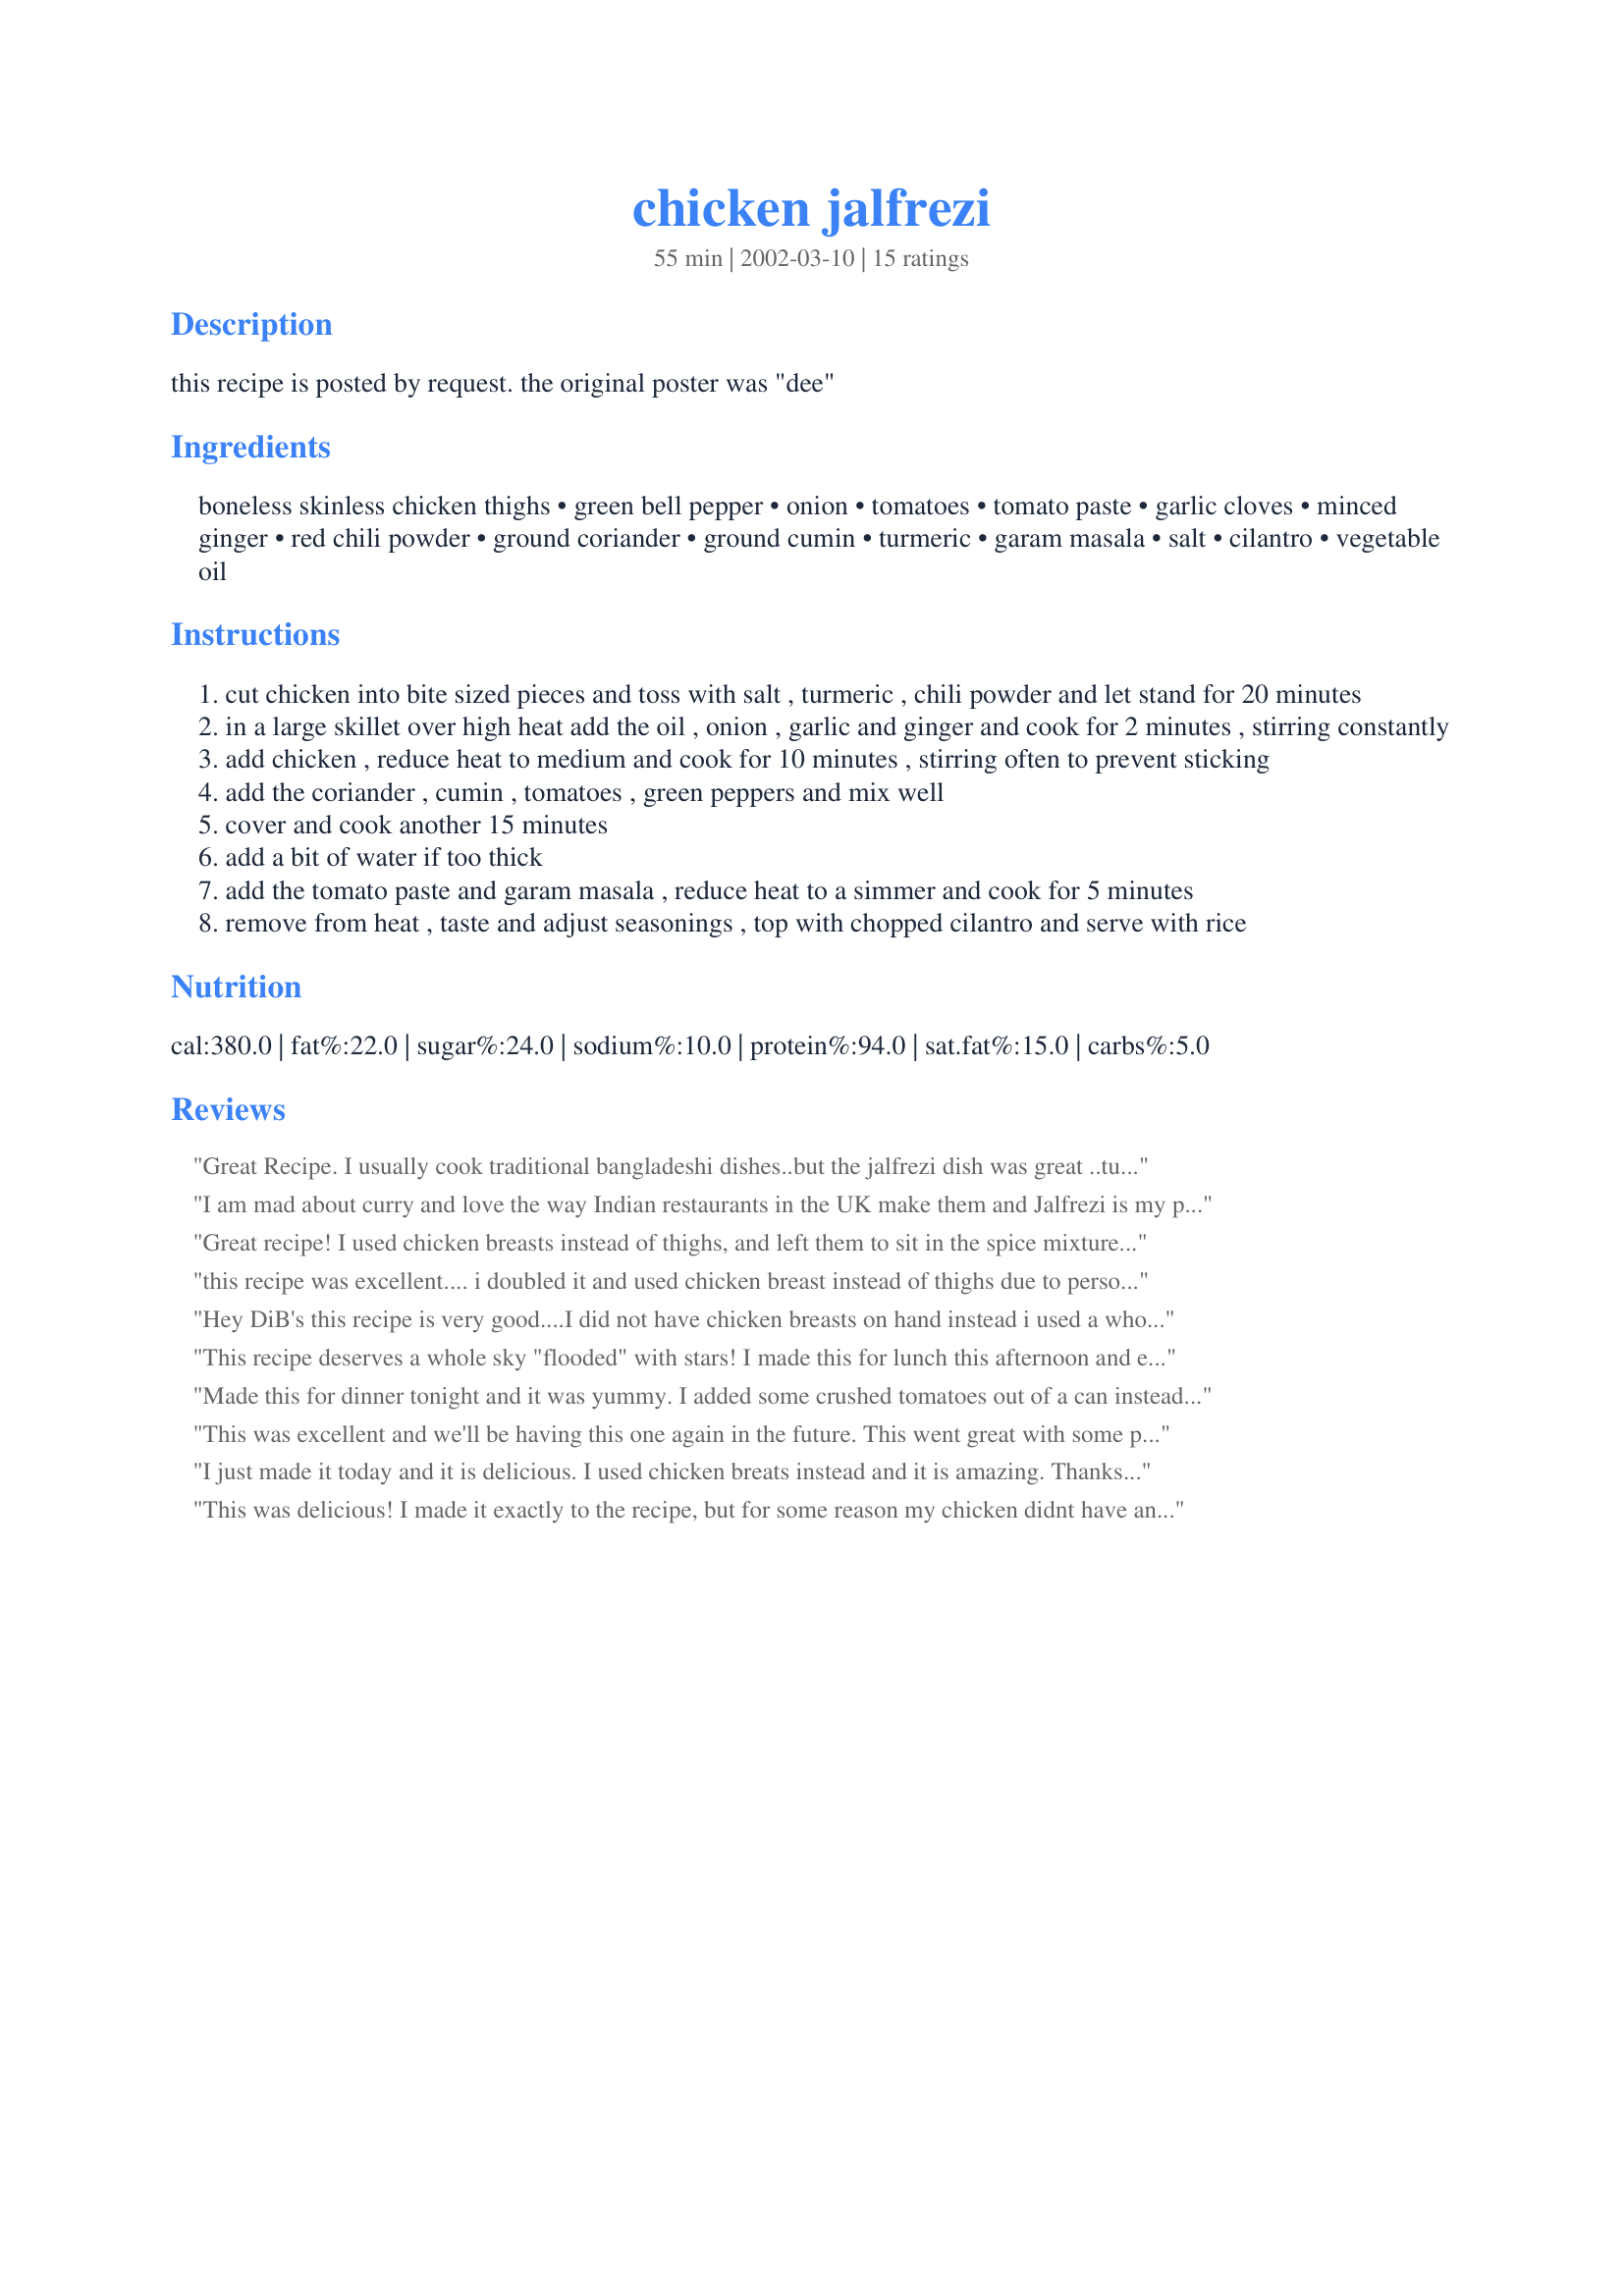
chicken jalfrezi
Preparation time: 55 minutes

this recipe is posted by request. the original poster was "dee"

Ingredients:
boneless skinless chicken thighs, green bell pepper, onion, tomatoes, tomato paste, garlic cloves, minced ginger, red chili powder, ground coriander, ground cumin, turmeric, garam masala, salt, cilantro, vegetable oil

Steps:
cut chicken into bite sized pieces and toss with salt , turmeric , chili powder and let stand for 20 minutes
in a large skillet over high heat add the oil , onion , garlic and ginger and cook for 2 minutes , stirring constantly
add chicken , reduce heat to medium and cook for 10 minutes , stirring often to prevent sticking
add the coriander , cumin , tomatoes , green peppers and mix well
cover and cook another 15 minutes
add a bit of water if too thick
add the tomato paste and garam masala , reduce heat to a simmer and cook for 5 minutes
remove from heat , taste and adjust seasonings , top with chopped cilantro and serve with rice

Reviews:
Great Recipe. I usually cook traditional bangladeshi dishes..but the jalfrezi dish was great ..turned out to be similar in taste to what you get from the indian restaurants in the UK
I am mad about curry and love the way Indian restaurants in the UK make them and Jalfrezi is my preferred dish. I do a lot of traveling and have eat in hundreds of different Indian restaurants this Jalfrezi is the best I have ever had. I used real ginger and tined tomatoes so I could use the tomato juice to make a bit more of a sauce. Excellent.
Great recipe! I used chicken breasts instead of thighs, and left them to sit in the spice mixture for 2 hours (as I had the time). In everything else I followed the recipe exactly as posted. Since it wasn't specified, I sliced the green pepper in thin strips, the onions in rings, and I chopped the tomato. This is a mild curry with a fantastic flavor; thanks for posting !
this recipe was excellent.... i doubled it and used chicken breast instead of thighs due to personal preferemce :)
Hey DiB's this recipe is very good....I did not have chicken breasts on hand instead i used a whole chicken(cut into small pieces) also i did add some carrots. End result is simply wonderful.Thank U
This recipe deserves a whole sky "flooded" with stars! I made this for lunch this afternoon and everyone who had it says they want to have it for dinner too. I made it equivalent to 4 servings. I did use the tomato paste but the tomato slipped my sight. Generally, vegetable jalfrezi is a favourite with me, now my mom and brother say that this one's a favourite with them:) Thank you for the fabulous recipe. Will make it many many times!!
Made this for dinner tonight and it was yummy. I added some crushed tomatoes out of a can instead of the tomato called for. I found this made a nice, rich gravy and not watery at all.&lt;br/&gt;I made jasmine rice with ginger and coriander from another recipe from this site. Was a yummy meal and will definitely make it again for dinner parties.
This was excellent and we'll be having this one again in the future. This went great with some pilau rice. It was quite mild, yet full of flavor.
I just made it today and it is delicious. I used chicken breats instead and it is amazing. Thanks alot for your recipe.
This was delicious! I made it exactly to the recipe, but for some reason my chicken didnt have any sauce so I added a can of chopped Indian Spiced Tomatoes at the end of cooking and simmered for a further 10 minutes. Thank you for posting!
Hi,
I made the jalfrazi last night for dinner & it was gorgeous everyone enjoyed it & i have to say 'it will be a dish i will be making alot in the future' so thankyou for a lovely recipe.
Maria.
This is one of the best I've made, it's simple to make and tastes as good, if not better, than many I've tried in restaurants. Thanks for posting it !
Very good recipe. :) I was going to post this recipe and found yours (I always do a search before posting). Very similar to what I make only I add the ginger garlic to the marinade and marinate for 2 hours. Also I saute 1/2 cup of onion paste in a little oil till golden brown and add 1/2 cup of tomato puree(instead of using tomato paste) to this and cook for 10-15 mins and keep aside. I then add this to the sliced onions when they are being sauteed. I use 2 tsp of my garam masala which contains cumin and coriander. The rest of the method is the same. I just felt I could give you my version of Chicken Jalfrezi. We enjoy this dish a lot too. I serve it normally with Indian bread. Fay
Very, very delicious! I used chicken breasts instead of thighs.I also substituted the medium tomato for a half can of diced tomato that I had left over in the fridge. Turned out great. Thanks.
Very very good. I used chicken breasts instead, personal preference. But followed everything else as directed. Served with Saffron rice by SueL #47592. PERFECT combination. Thank you, this is a keeper.
